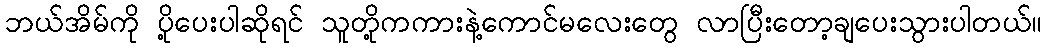
ဘယ်အိမ်ကို ပို့ပေးပါဆိုရင် သူတို့ကကားနဲ့ကောင်မလေးတွေ လာပြီးတော့ချပေးသွားပါတယ်။